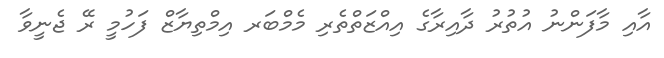
އާއި މާފަންނު އުތުރު ދާއިރާގެ އިއްޒަތްތެރި މެމްބަރ އިމްތިޔާޒް ފަހުމީ ރޭ ޖެނީވާ